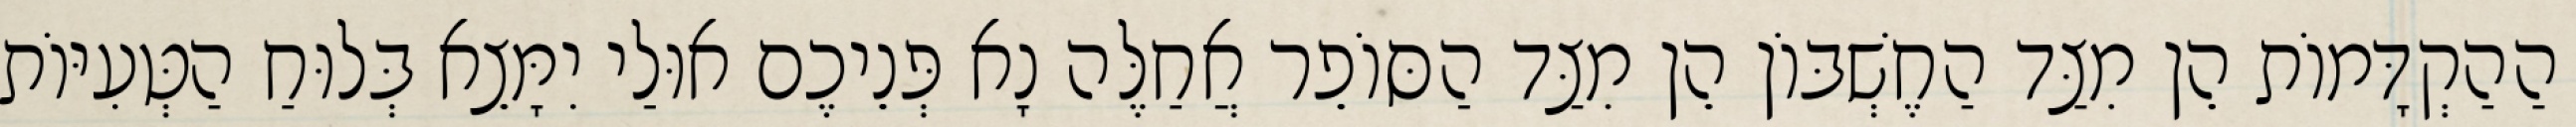
הַהַקְדָּמוֹת הֵן מִצַּד הַחֶשְׁבּוֹן הֵן מִצַּד הַסּוֹפֵר אֲחַלֶּה נָא פְּנֵיכֶם אוּלַי יִמָּצֵא בְּלוּחַ הַטְּעִיּוֹת